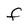
Character: F